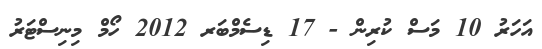
އަހަރު 10 މަސް ކުރިން - 17 ޑިސެމްބަރ 2012 ހޯމް މިނިސްޓަރު